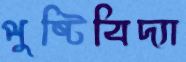
পুষ্টিবিদ্যা